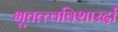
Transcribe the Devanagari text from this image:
भूतत्त्वविशारदों